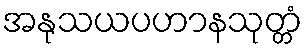
အနုသယပဟာနသုတ္တံ